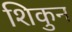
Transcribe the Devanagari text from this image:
शिकुन